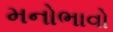
મનોભાવો